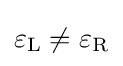
\varepsilon _{\mathrm {L} }\neq \varepsilon _{\mathrm {R} }